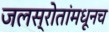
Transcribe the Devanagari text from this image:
जलस्रोतांमधूनच